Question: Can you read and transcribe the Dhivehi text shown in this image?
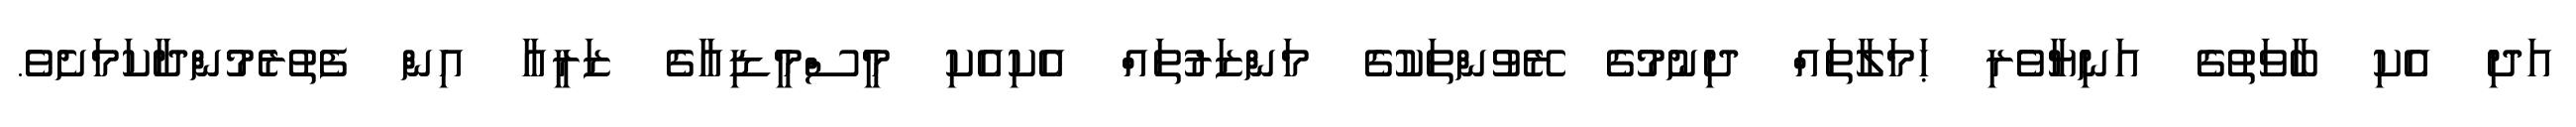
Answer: އަދި އެކި ބާވަތުގެ އަނިޔާވެރި ޙަމަލާތައް ދިނުމުގެ ރޭވުންތަކުގެ މަންޒަރުތައް އެކިއެކި މީސްމީޑިއާގެ ޒަރީއާ އިން ފެތުރެމުންދާކަމަށެވެ.